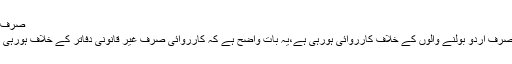
صرف اردو بولنے والوں کے خلاف کارروائی کا تاثر غلط ہے
کراچی آپریشن پر انہوں نے کہا کہ یہ تاثر غلط ہے کہ صرف اردو بولنے والوں کے خلاف کارروائی ہورہی ہے،یہ بات واضح ہے کہ کارروائی صرف غیر قانونی دفاتر کے خلاف ہورہی ہے، ایم کیو ایم کی سیاست میں صورتحال ڈیفائننگ ہے۔